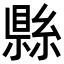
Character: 𬗫